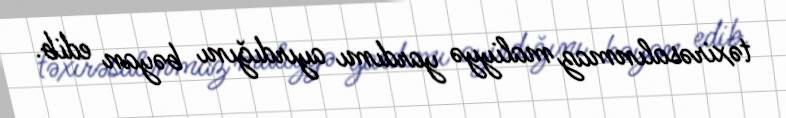
təxirəsalınmaz maliyyə yardımı ayırdığını bəyan edib.